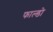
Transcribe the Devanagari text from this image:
फाल्डो